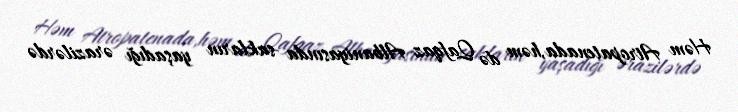
Həm Atropatenada,həm də Qafqaz Albaniyasında sakların yaşadığı ərazilərdə